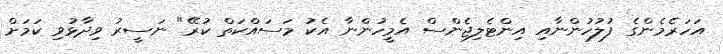
އަހަރެމެންގެ ފުލުހުންނާއި އިންޓެލިޖެންސް އެމީހުންނާ އެކު މަސައްކަތް ކުރޭ" ނަސީރު ވިދާޅުވި ކަމަށް